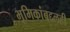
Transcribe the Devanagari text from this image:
भूमिकांबद्दलही